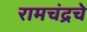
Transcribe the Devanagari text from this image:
रामचंद्रचे